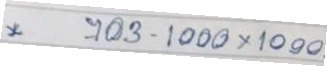
703 - 1000 x 1000